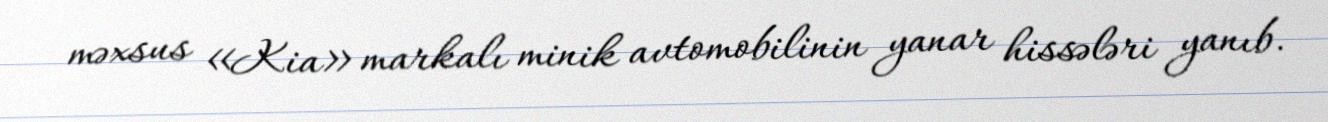
məxsus «Kia» markalı minik avtomobilinin yanar hissələri yanıb.